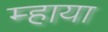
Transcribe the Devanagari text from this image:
म्हाया